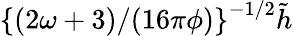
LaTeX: \left\{ \left(2\omega+3)/(16\pi\phi\right)\right\} ^{-1/2}\tilde{h}